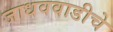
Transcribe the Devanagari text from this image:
जाधववाडीचे